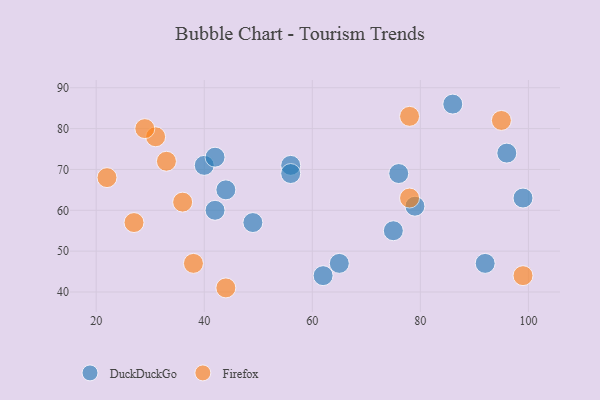
{"axis": {"x": "GDP", "y": "Life Expectancy"}, "legend": ["DuckDuckGo", "Firefox"], "data": [{"x": "56", "y": 71, "type": "DuckDuckGo"}, {"x": "49", "y": 57, "type": "DuckDuckGo"}, {"x": "42", "y": 60, "type": "DuckDuckGo"}, {"x": "56", "y": 69, "type": "DuckDuckGo"}, {"x": "40", "y": 71, "type": "DuckDuckGo"}, {"x": "75", "y": 55, "type": "DuckDuckGo"}, {"x": "44", "y": 65, "type": "DuckDuckGo"}, {"x": "99", "y": 63, "type": "DuckDuckGo"}, {"x": "65", "y": 47, "type": "DuckDuckGo"}, {"x": "92", "y": 47, "type": "DuckDuckGo"}, {"x": "62", "y": 44, "type": "DuckDuckGo"}, {"x": "86", "y": 86, "type": "DuckDuckGo"}, {"x": "42", "y": 73, "type": "DuckDuckGo"}, {"x": "96", "y": 74, "type": "DuckDuckGo"}, {"x": "76", "y": 69, "type": "DuckDuckGo"}, {"x": "79", "y": 61, "type": "DuckDuckGo"}, {"x": "22", "y": 68, "type": "Firefox"}, {"x": "78", "y": 63, "type": "Firefox"}, {"x": "36", "y": 62, "type": "Firefox"}, {"x": "31", "y": 78, "type": "Firefox"}, {"x": "29", "y": 80, "type": "Firefox"}, {"x": "78", "y": 83, "type": "Firefox"}, {"x": "44", "y": 41, "type": "Firefox"}, {"x": "95", "y": 82, "type": "Firefox"}, {"x": "27", "y": 57, "type": "Firefox"}, {"x": "33", "y": 72, "type": "Firefox"}, {"x": "38", "y": 47, "type": "Firefox"}, {"x": "99", "y": 44, "type": "Firefox"}]}